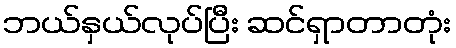
ဘယ်နှယ်လုပ်ပြီး ဆင်ရှာတာတုံး